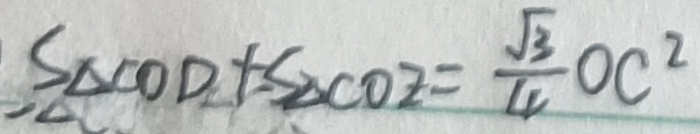
S _ { \Delta C O D } + S _ { \Delta C O E } = \frac { \sqrt { 3 } } { 4 } O C ^ { 2 }